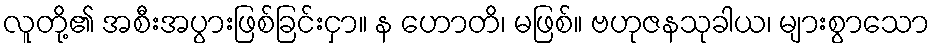
လူတို့၏ အစီးအပွားဖြစ်ခြင်းငှာ။ န ဟောတိ၊ မဖြစ်။ ဗဟုဇနသုခါယ၊ များစွာသော